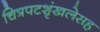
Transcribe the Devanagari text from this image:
चित्रपटशृंखलेसह